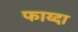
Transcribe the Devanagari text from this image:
फाय्दा